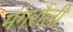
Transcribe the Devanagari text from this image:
मंगरौली